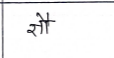
मजकूर: ज्ञौ